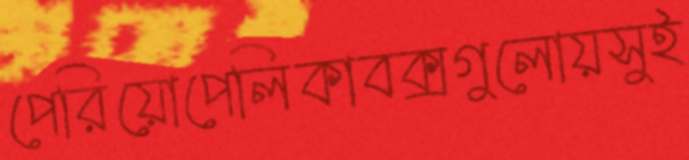
পেরিয়োপেলিকাবক্সগুলোয়সুই